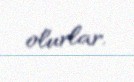
olurlar.